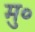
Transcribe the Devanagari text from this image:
मु०